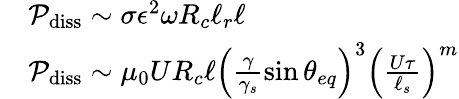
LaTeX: \begin{array}{rl}&{\mathcal{P}_{\mathrm{diss}}\sim\sigma\epsilon^{2}\omega R_{c}\ell_{r}\ell}\\ &{\mathcal{P}_{\mathrm{diss}}\sim\mu_{0}UR_{c}\ell\left(\frac{\gamma}{\gamma_{s}}\sin{\theta_{eq}}\right)^{3}\left(\frac{U\tau}{\ell_{s}}\right)^{m}}\end{array}